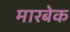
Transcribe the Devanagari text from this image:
मारबेक